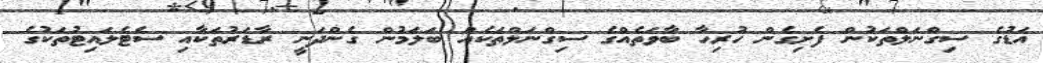
އަޑުގެ ސިގްނަލްތަކުން ފެށިގެން ހުރިހާ ބާވަތެއްގެ ސިގްނަލްތަކެއް ބަލަމުން ގެންދަނީ ރާޑަރުތަކާއި ސެޓެލައިޓުތަކުގެ